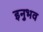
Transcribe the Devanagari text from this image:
इनुभव